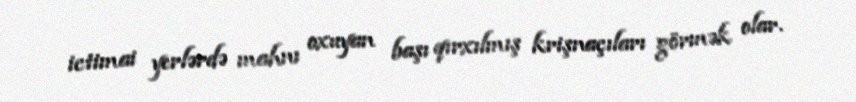
ictimai yerlərdə mahnı oxuyan başı qırxılmış krişnaçıları görmək olar.